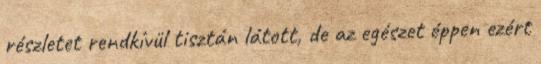
részletet rendkívül tisztán látott, de az egészet éppen ezért